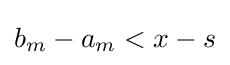
b_{m}-a_{m}<x-s